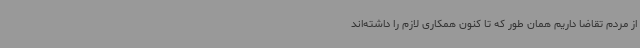
از مردم تقاضا داریم همان‌ طور که تا کنون همکاری لازم را داشته‌اند